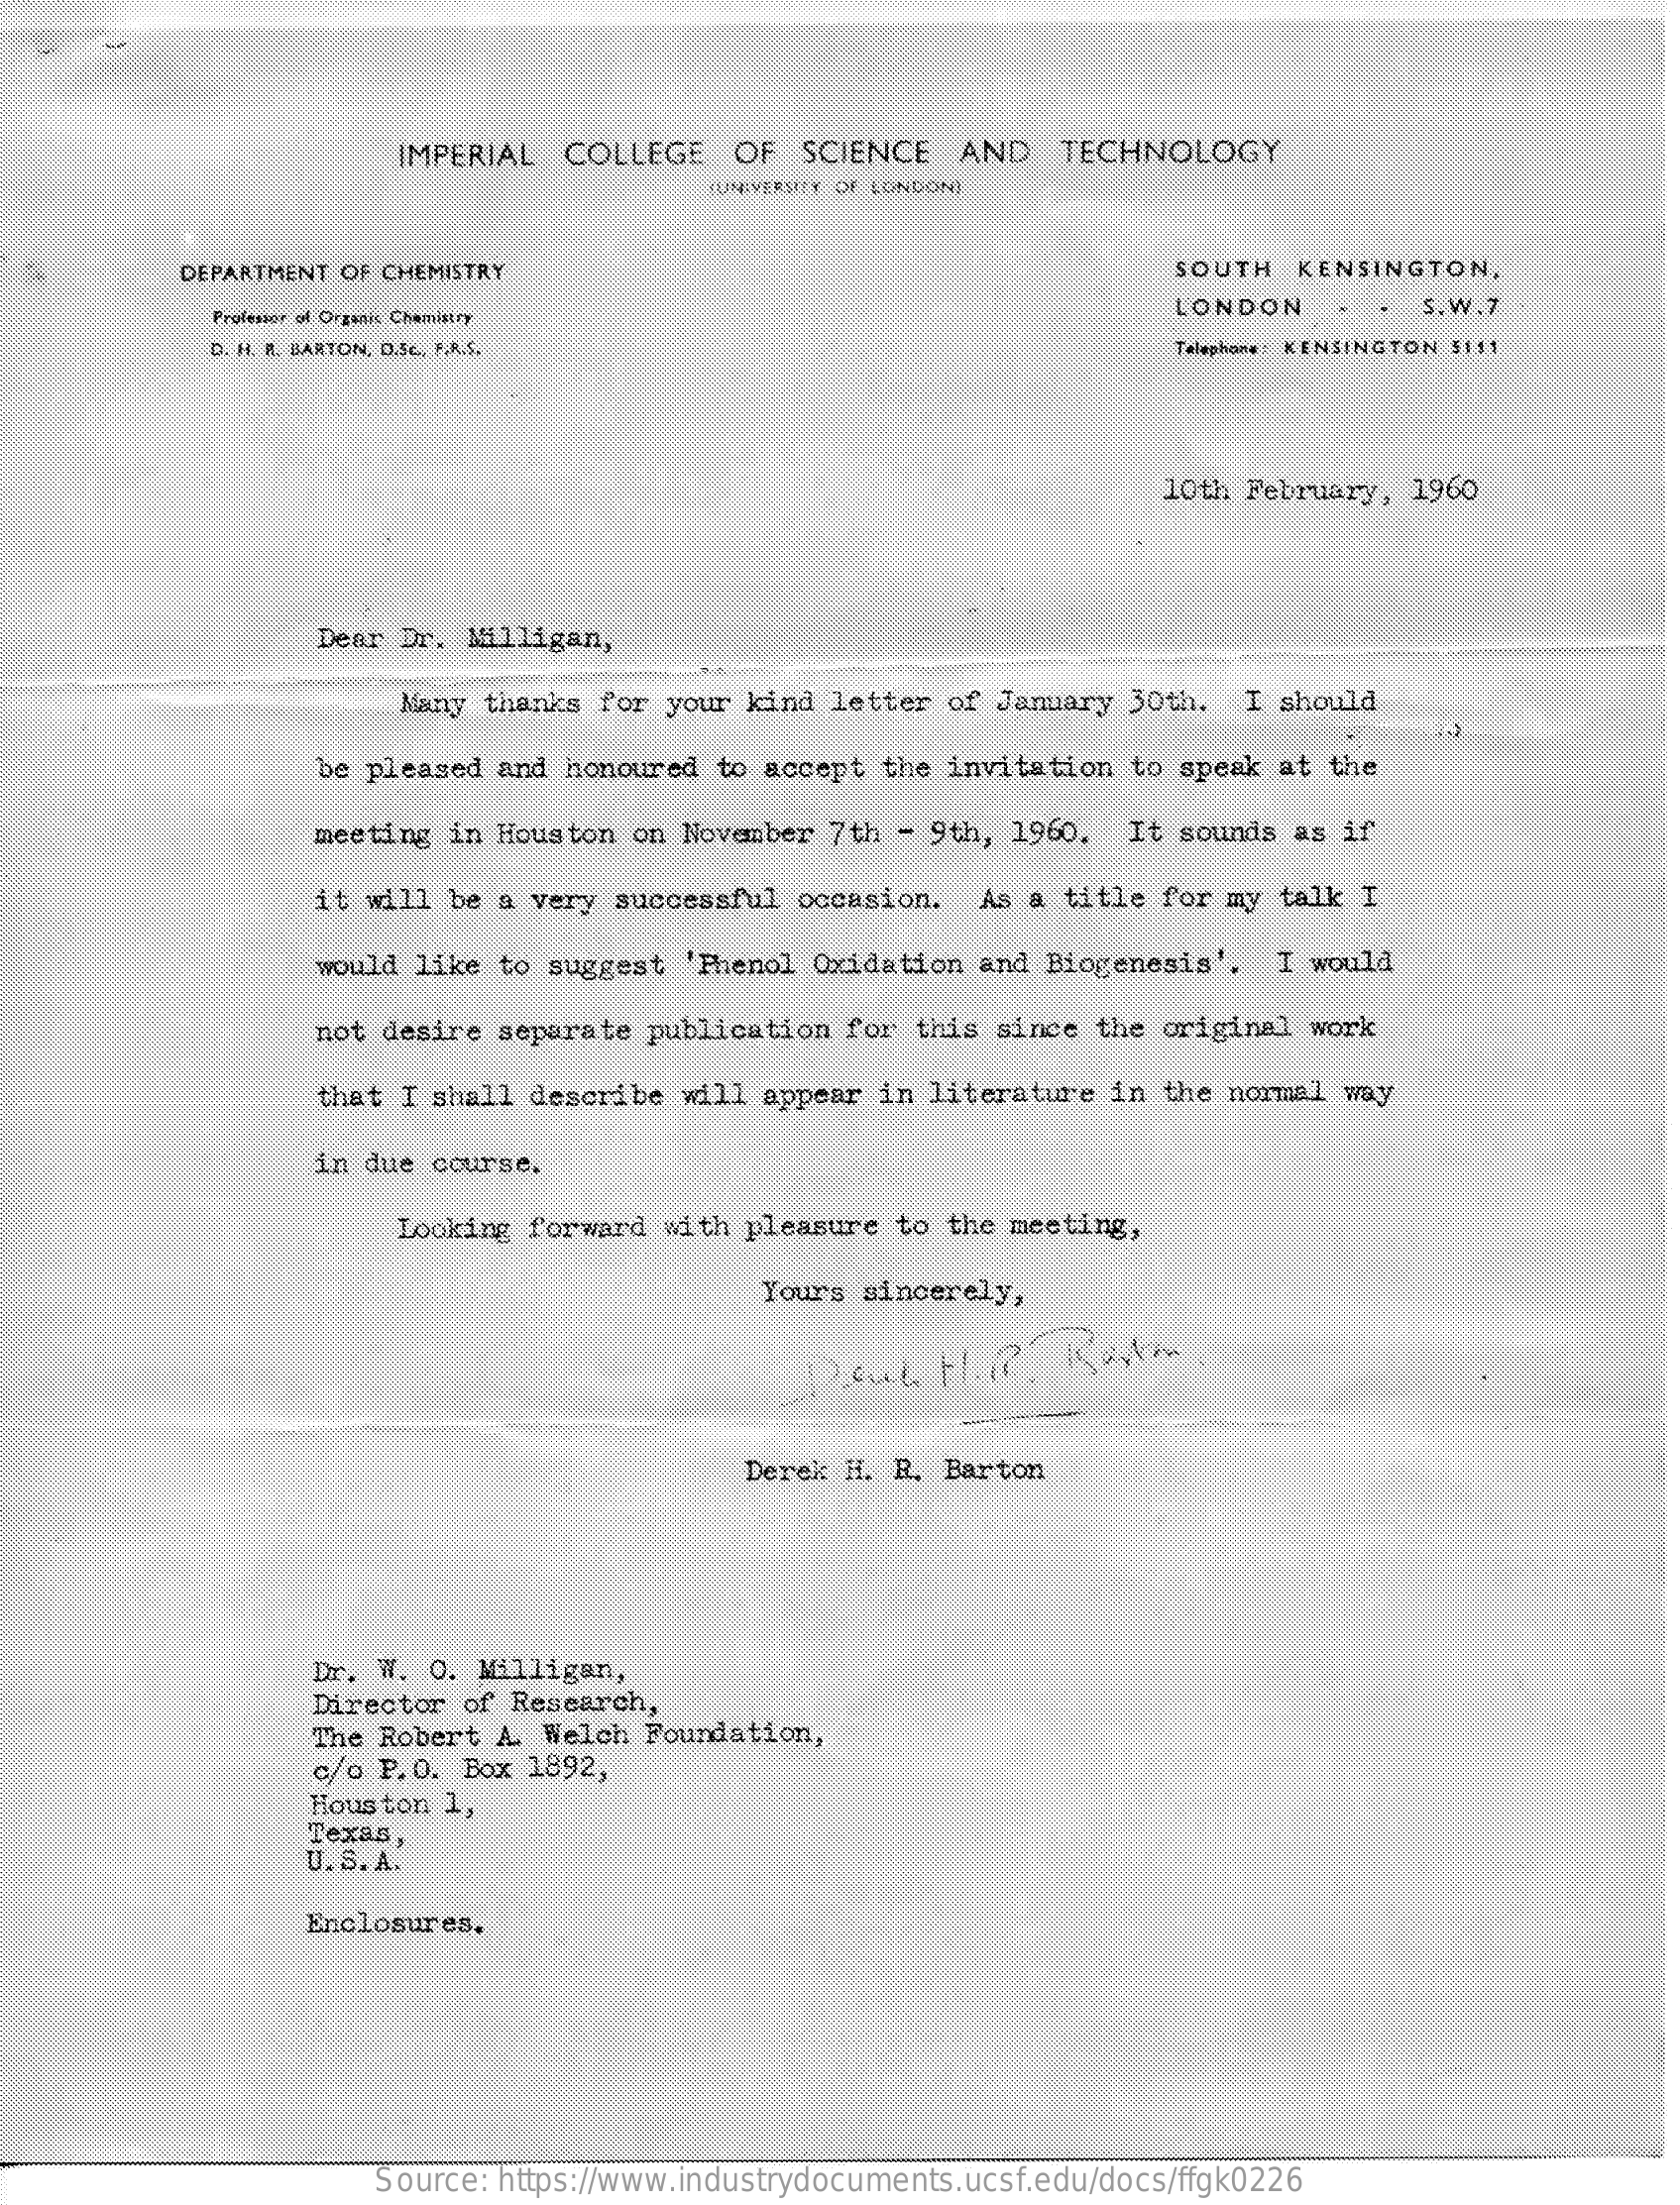
IMPERIAL  COLLEGE    OF  SCIENCE   AND    TECHNOLOGY
     (UNIVERSITY OF LONDON)
     DEPARTMENT OF CHEMISTRY    SOUTH   KENSINGTON,
     Professor of Orzeis Chemistry
     LONDON    S. W.7
     D. H. R. BARTON, D.Sc ., F.A.S.    Telephone: KENSINGTON 5111
     10th February,  1960
     Dear Dr. Milligan,
     Many thanks for your  kind letter of  January 30th.  I  should
     be pleased  and honoured  to accept the invitation  to speak  at the
     meeting  in Houston on  November 7th - 9th,  1960.  It sounds  as if
     it will be a very successful  occasion.  As  a title for my  talk I
     would like to suggest  'Phenol Oxidation  and Biogenesis'.   I would
     not desire  separate publication  for this  since the original work
     that I shall describe  will appear in literature  in the normal  way
     in due  course.
     Looking forward with pleasure  to  the meeting,
     Yours sincerely,
     Derek H. R. Barton
     Dr. W. O. Milligan,
     Director  of Research,
     The Robert  A. Welch Foundation,
     c/o P.O. Box  1892,
     Houston 1,
     Texas,
     U. S. A.
     Enclosures.
     Source: https://www.industrydocuments.ucsf.edu/docs/ffgk0226